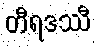
တီရဒဿီ